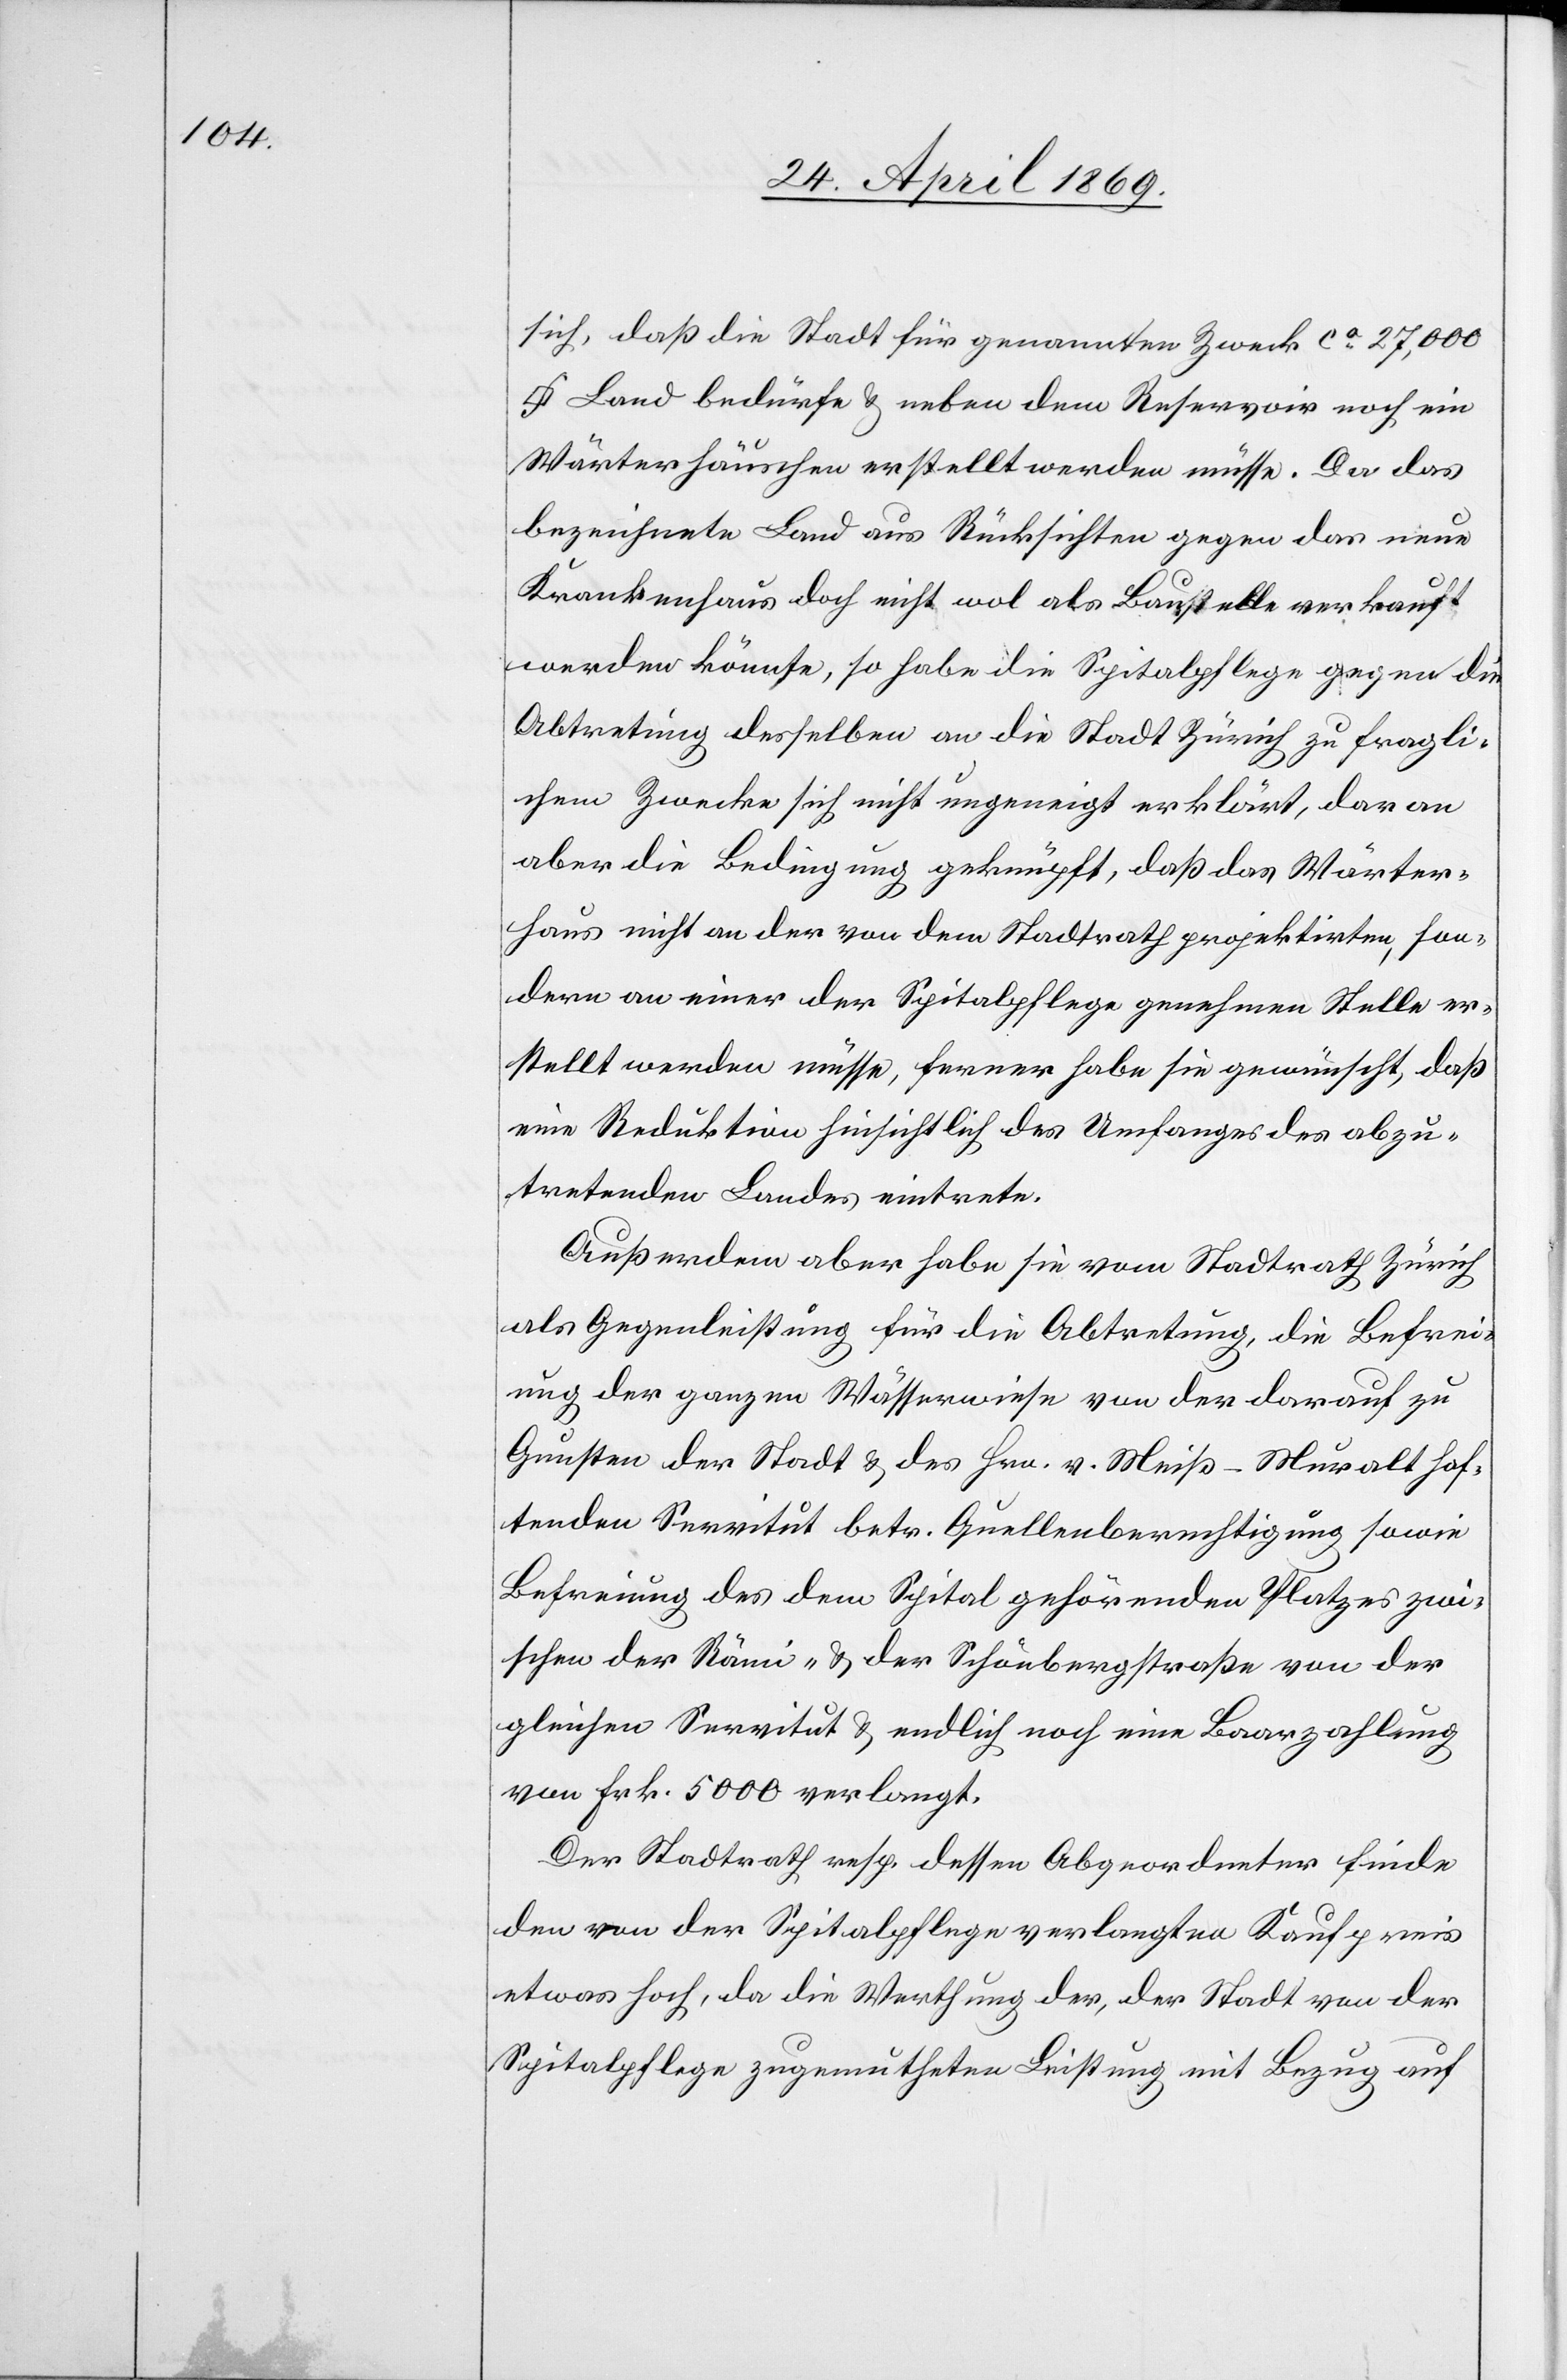
sich, daß die Stadt für genannten Zweck ca 27,000
Land bedürfe u. neben dem Reservoir noch ein
Wärterhäuschen erstellt werden müsse. Da das
bezeichnete Land aus Rücksichten gegen das eine
Krankenhaus doch nicht wol als Baustelle verkauft
werden könnte, so habe die Spitalpflege gegen die
Abtretung desselben an die Stadt Zürich zu fragli¬
chem Zwecke sich nicht ungeneigt erklärt, daran
aber die Bedingung geknüpft, daß das Wärter¬
haus nicht an der von dem Stadtrath projektirten, son¬
dern an einer der Spitalpflege genehmen Stelle er¬
stellt werden müsse, ferner habe sie gewünscht, daß
eine Reduktion hinsichtlich des Umfanges des abzu¬
tretenden Landes eintrete.
Außerdem aber habe sie vom Stadtrath Zürich
als Gegenleistung für die Abtretung, die Befrei¬
ung der ganzen Wässerwiese von der darauf zu
Gunsten der Stadt u. des Hrn. v. Meiß-Muralt haf¬
tenden Servitut betr. Quellenberechtigung sowie
Befreiung des dem Spital gehörenden Platzes zwi¬
schen der Rämi- u. der Schaubergstraße von der
gleichen Servitut u. endlich noch eine Baarzahlung
von Frk. 5000 verlangt.
Der Stadtrath resp. dessen Abgeordneter finde
den von der Spitalpflege verlangten Kaufpreis
etwas hoch, da die Werthung der, der Stadt von der
Spitalpflege zugemutheten Leistung mit Bezug auf